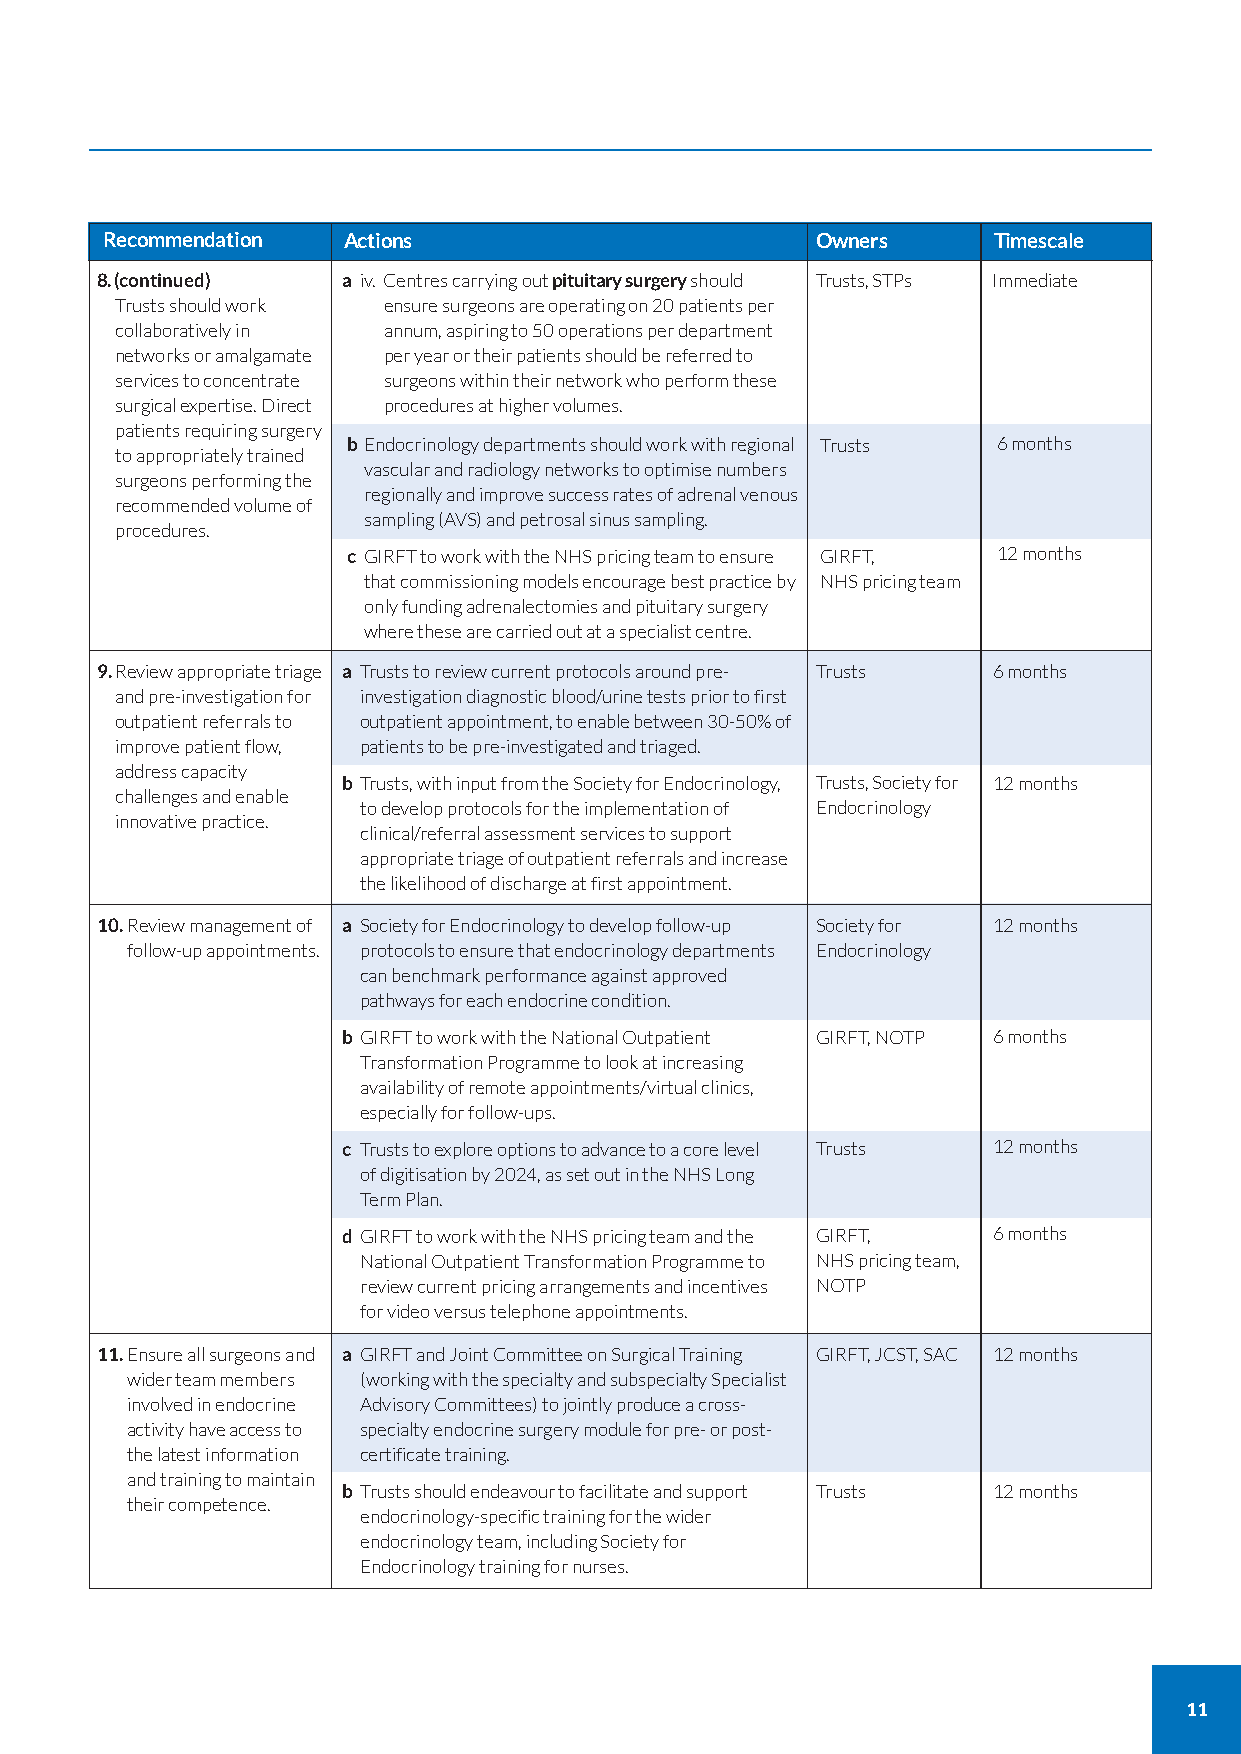
Recommendation  Actions                        Owners      Timescale
 8.(continued)    a iv. Centres carrying out pituitary surgery should Trusts, STPs Immediate
 Trusts should work ensure surgeons are operating on 20 patients per
 collaboratively in annum, aspiring to 50 operations per department
 networks or amalgamate per year or their patients should be referred to
 services to concentrate surgeons within their network who perform these
 surgical expertise. Direct procedures at higher volumes.
 patients requiring surgery
 b Endocrinology departments should work with regional Trusts 6 months
 to appropriately trained
 vascular and radiology networks to optimise numbers
 surgeons performing the
 regionally and improve success rates of adrenal venous
 recommended volume of
 sampling (AVS) and petrosal sinus sampling.
 procedures.
 c GIRFT to work with the NHS pricing team to ensure GIRFT, 12 months
 that commissioning models encourage best practice by NHS pricing team
 only funding adrenalectomies and pituitary surgery
 where these are carried out at a specialist centre.
 9.Review appropriate triage a Trusts to review current protocols around pre- Trusts 6 months
 and pre-investigation for investigation diagnostic blood/urine tests prior to first
 outpatient referrals to outpatient appointment, to enable between 30-50% of
 improve patient flow, patients to be pre-investigated and triaged.
 address capacity
 b Trusts, with input from the Society for Endocrinology, Trusts, Society for 12 months
 challenges and enable
 to develop protocols for the implementation of Endocrinology
 innovative practice.
 clinical/referral assessment services to support
 appropriate triage of outpatient referrals and increase
 the likelihood of discharge at first appointment.
 10.Review management of a Society for Endocrinology to develop follow-up Society for 12 months
 follow-up appointments. protocols to ensure that endocrinology departments Endocrinology
 can benchmark performance against approved
 pathways for each endocrine condition.
 b GIRFT to work with the National Outpatient GIRFT, NOTP 6 months
 Transformation Programme to look at increasing
 availability of remote appointments/virtual clinics,
 especially for follow-ups.
 c Trusts to explore options to advance to a core level Trusts 12 months
 of digitisation by 2024, as set out in the NHS Long
 Term Plan.
 d GIRFT to work with the NHS pricing team and the GIRFT, 6 months
 National Outpatient Transformation Programme to NHS pricing team,
 review current pricing arrangements and incentives NOTP
 for video versus telephone appointments.
 11.Ensure all surgeons and a GIRFT and Joint Committee on Surgical Training GIRFT, JCST, SAC 12 months
 wider team members (working with the specialty and subspecialty Specialist
 involved in endocrine Advisory Committees) to jointly produce a cross-
 activity have access to specialty endocrine surgery module for pre- or post-
 the latest information certificate training.
 and training to maintain
 b Trusts should endeavour to facilitate and support Trusts 12 months
 their competence.
 endocrinology-specific training for the wider
 endocrinology team, including Society for
 Endocrinology training for nurses.
 11